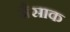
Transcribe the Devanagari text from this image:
जैसाक